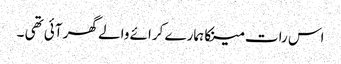
اس رات مینکا ہمارے کرائے والے گھر آئی تھی ۔